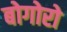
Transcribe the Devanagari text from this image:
बोगोरो